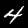
Digit: 4